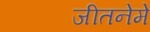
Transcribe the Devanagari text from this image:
जीतनेमे